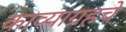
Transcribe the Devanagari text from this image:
काव्याग्रहचे